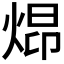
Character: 𪸺